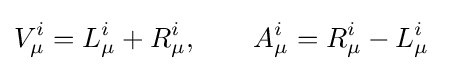
V_{\mu }^{i}=L_{\mu }^{i}+R_{\mu }^{i},\qquad A_{\mu }^{i}=R_{\mu }^{i}-L_{\mu }^{i}~